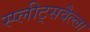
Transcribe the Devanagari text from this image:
स्प्लीट्सवैल्ला